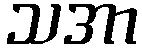
သအာ